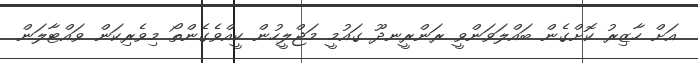
އަށް ހާޒިރު ކޮށްގެން ބައްލަވަންވީ ރަންރީނދޫ ގައުމީ މަޖްލީހުން ކީއްވެގެންތޯ މިވެރިކަން ވައްޓާލަން